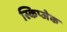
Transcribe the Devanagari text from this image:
स्किप्जेक